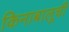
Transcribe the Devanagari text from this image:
किनाबालूची